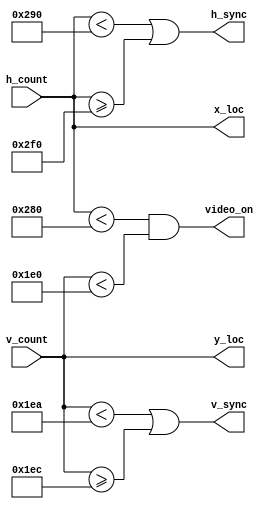
`timescale 1ns / 1ps
//////////////////////////////////////////////////////////////////////////////////
// Company: 
// Engineer: 
// 
// Design Name: 
// Module Name: vga_sync
// Project Name: 
// Target Devices: 
// Tool Versions: 
// Description: 
// 
// Dependencies: 
// 
// Revision:
// Revision 0.01 - File Created
// Additional Comments:
// 
//////////////////////////////////////////////////////////////////////////////////


module vga_sync(
input[9:0] h_count,
input[9:0] v_count,
output[9:0] x_loc,
output [9:0]  y_loc,
output h_sync,v_sync,video_on
    );
    //horizontal
    localparam HD = 640;
    localparam HF = 16;
    localparam HB = 48;
    localparam HR = 96;
    
    //vertical
    localparam VD = 480;
    localparam VF = 10;
    localparam VB = 33;
    localparam VR = 2;
    
    assign v_sync = (v_count < (VD+VF)) | (v_count >= (VD+VF+VR)); 
    assign h_sync = (h_count < (HD+HF)) | (h_count >= (HD+HF+HR));
    assign video_on = (h_count < HD) & (v_count<VD);
    
    assign x_loc = h_count;
    assign y_loc = v_count;
     
endmodule